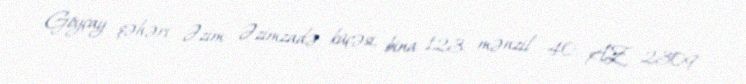
Göyçay şəhəri, Əzim Əzimzadə küçəsi, bina 123, mənzil 40, AZ 2309